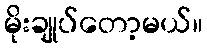
မိုးချုပ်တော့မယ်။